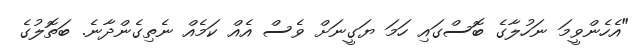
"އެހެންވީމަ ނަހުލާގެ ބޮސްގައި ހަމަ ޔަގީނަށް ވެސް އެއް ކަމެއް ނެތިގެންދާނެ. ބަތޮލުގެ